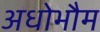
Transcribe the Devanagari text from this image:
अधोभौम